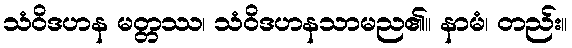
သံဝိဒဟန မတ္တဿ၊ သံဝိဒဟနသာမည၏။ နာမံ၊ တည်း။